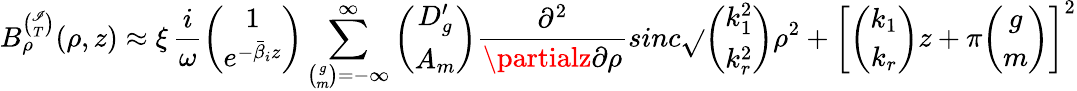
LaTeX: B_{\rho}^{\binom{\mathscr{I}}{T}}(\rho,z)\approx\xi\, \frac{{i}}{{\omega}}{\binom{1}{e^{-\bar{{\beta}}_{i}z}}}\sum_{{\binom{g}{m}}=-\infty}^{\infty}{\binom{D_{g}^{\prime}}{A_{m}}}\frac{{\partial^{2}}}{{\partialz\partial\rho}}sinc\sqrt{}{{{\binom{k_{1}^{2}}{k_{r}^{2}}}\rho^{2}+\left[{\binom{k_{1}}{k_{r}}}z+\pi{\binom{g}{m}}\right]^{2}}}